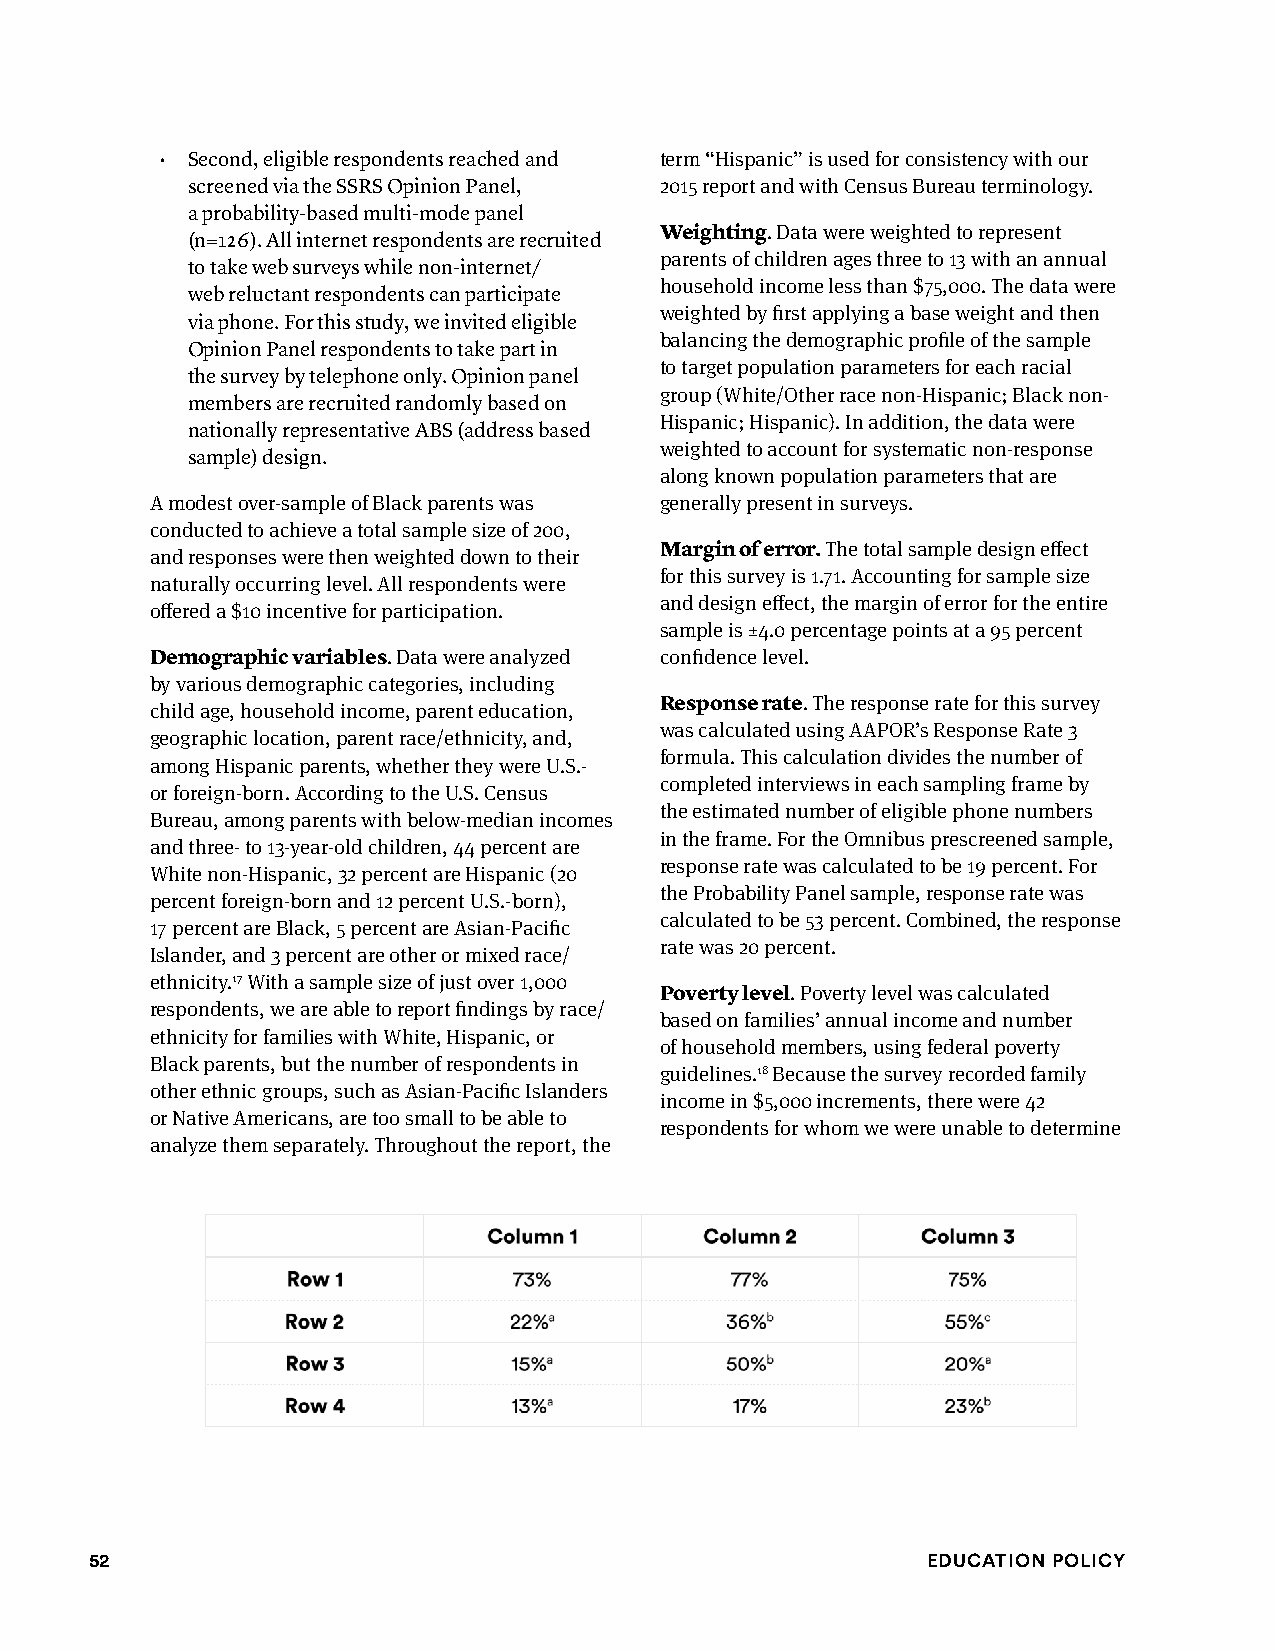
• Second, eligible respondents reached and term “Hispanic” is used for consistency with our
 screened via the SSRS Opinion Panel, 2015 report and with Census Bureau terminology.
 a probability-based multi-mode panel
 Weighting. Data were weighted to represent
 (n=126). All internet respondents are recruited
 parents of children ages three to 13 with an annual
 to take web surveys while non-internet/
 household income less than $75,000. The data were
 web reluctant respondents can participate
 weighted by first applying a base weight and then
 via phone. For this study, we invited eligible
 balancing the demographic profile of the sample
 Opinion Panel respondents to take part in
 to target population parameters for each racial
 the survey by telephone only. Opinion panel
 group (White/Other race non-Hispanic; Black non-
 members are recruited randomly based on
 Hispanic; Hispanic). In addition, the data were
 nationally representative ABS (address based
 weighted to account for systematic non-response
 sample) design.
 along known population parameters that are
 A modest over-sample of Black parents was generally present in surveys.
 conducted to achieve a total sample size of 200,
 Margin of error. The total sample design effect
 and responses were then weighted down to their
 for this survey is 1.71. Accounting for sample size
 naturally occurring level. All respondents were
 and design effect, the margin of error for the entire
 offered a $10 incentive for participation.
 sample is ±4.0 percentage points at a 95 percent
 Demographic variables. Data were analyzed confidence level.
 by various demographic categories, including
 Response rate. The response rate for this survey
 child age, household income, parent education,
 was calculated using AAPOR’s Response Rate 3
 geographic location, parent race/ethnicity, and,
 formula. This calculation divides the number of
 among Hispanic parents, whether they were U.S.-
 completed interviews in each sampling frame by
 or foreign-born. According to the U.S. Census
 the estimated number of eligible phone numbers
 Bureau, among parents with below-median incomes
 in the frame. For the Omnibus prescreened sample,
 and three- to 13-year-old children, 44 percent are
 response rate was calculated to be 19 percent. For
 White non-Hispanic, 32 percent are Hispanic (20
 the Probability Panel sample, response rate was
 percent foreign-born and 12 percent U.S.-born),
 calculated to be 53 percent. Combined, the response
 17 percent are Black, 5 percent are Asian-Pacific
 rate was 20 percent.
 Islander, and 3 percent are other or mixed race/
 ethnicity.17 With a sample size of just over 1,000
 Poverty level. Poverty level was calculated
 respondents, we are able to report findings by race/
 based on families’ annual income and number
 ethnicity for families with White, Hispanic, or
 of household members, using federal poverty
 Black parents, but the number of respondents in
 guidelines.18 Because the survey recorded family
 other ethnic groups, such as Asian-Pacific Islanders
 income in $5,000 increments, there were 42
 or Native Americans, are too small to be able to
 respondents for whom we were unable to determine
 analyze them separately. Throughout the report, the
 52                                                     Education Policy